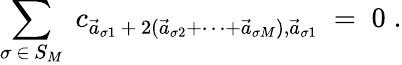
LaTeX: \sum_{\sigma\, \in\, S_{M}}\; c_{\vec{a}_{\sigma 1}\, +\, 2(\vec{a}_{\sigma 2}+\cdots+\vec{a}_{\sigma M}),\vec{a}_{\sigma 1}}\; =\; 0\; .